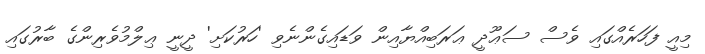
މިއީ ފަހަރެއްގައި ވެސް ސަޢޫދީ ޢަރަބިއްޔާއިން ވަޑައިގެންނެވި 'ހަރުކަށި' ދީނީ ޢިލްމުވެރިންގެ ބާރުގައި